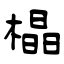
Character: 橸